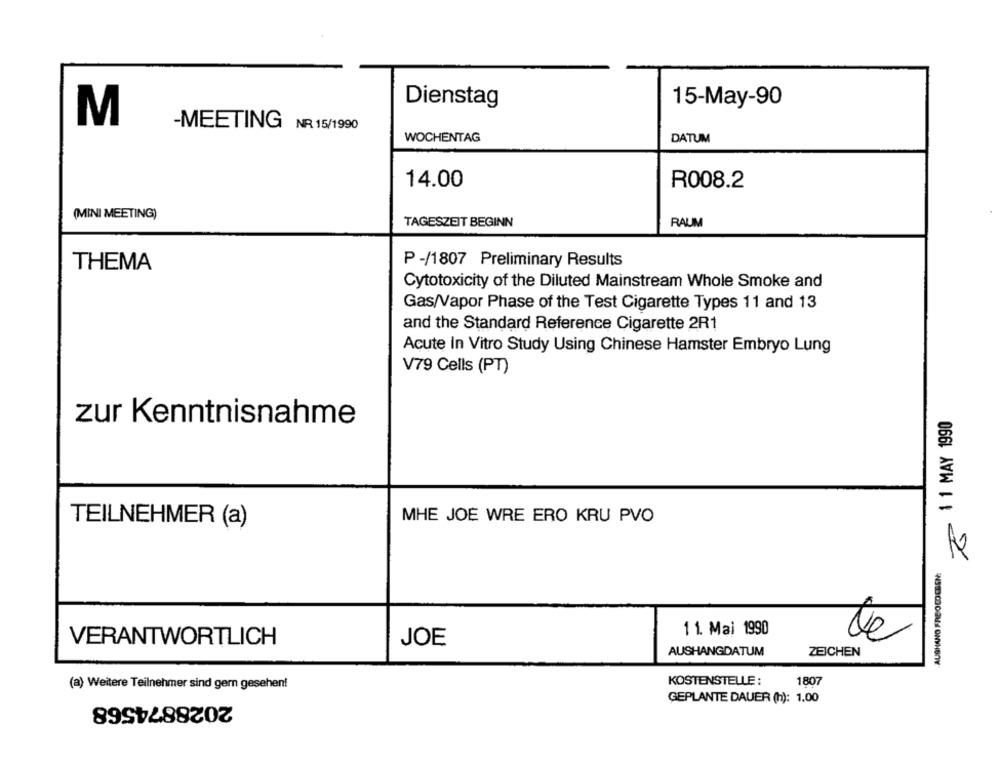
Dienstag
15-May-90
M
-MEETING NR 15/1990
WOCHENTAG
DATUM
14.00
R008.2
(MINI MEETING)
TAGESZEIT BEGINN
RAUM
THEMA
P -/1807 Preliminary Results
Cytotoxicity of the Diluted Mainstream Whole Smoke and
Gas/Vapor Phase of the Test Cigarette Types 11 and 13
and the Standard Reference Cigarette 2R1
Acute In Vitro Study Using Chinese Hamster Embryo Lung
V79 Cells (PT)
1 1 MAY 1990
zur Kenntnisnahme
MHE JOE WRE ERO KRU PVO
TEILNEHMER (a)
2
1 1. Mai 1990
VERANTWORTLICH
JOE
te
AUSHANGDATUM
ZEICHEN
KOSTENSTELLE :
(a) Weitere Teilnehmer sind gern gesehen!
1807
2028874568
GEPLANTE DAUER (h): 1.00